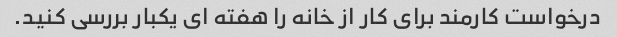
درخواست کارمند برای کار از خانه را هفته ای یکبار بررسی کنید.